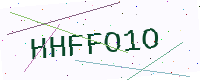
Text: HHFFO1O